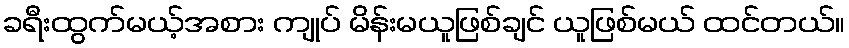
ခရီးထွက်မယ့်အစား ကျုပ် မိန်းမယူဖြစ်ချင် ယူဖြစ်မယ် ထင်တယ်။